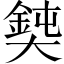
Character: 𡚃